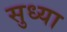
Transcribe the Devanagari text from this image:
सुध्या